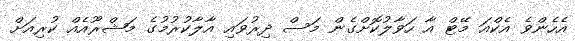
އެހެންވެ އެކްއަ މޭޓް އާ ހަވާލުކޮށްގެން މަސް ދިރުވައި އާލާކުރުމުގެ މަޝްރޫއެއް ކުރިއަށް